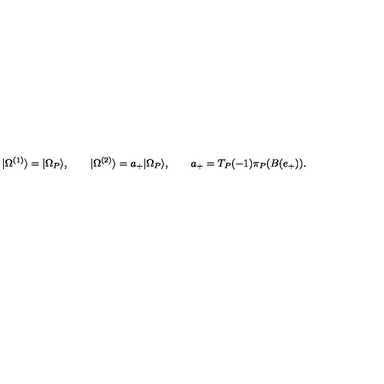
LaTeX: | \Omega ^ { ( 1 ) } \rangle = | \Omega _ { P } \rangle , \qquad | \Omega ^ { ( 2 ) } \rangle = a _ { + } | \Omega _ { P } \rangle , \qquad a _ { + } = T _ { P } ( - 1 ) \pi _ { P } ( B ( e _ { + } ) ) .